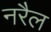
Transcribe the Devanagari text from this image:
नरैल